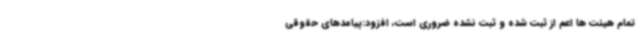
تمام هیئت ها اعم از ثبت شده و ثبت نشده ضروری است، افزود:پیامدهای حقوقی